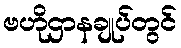
ဗဟိုဌာနချုပ်တွင်